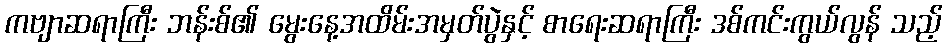
ကဗျာဆရာကြီး ဘန်းစ်၏ မွေးနေ့အထိမ်းအမှတ်ပွဲနှင့် စာရေးဆရာကြီး ဒစ်ကင်းကွယ်လွန် သည့်